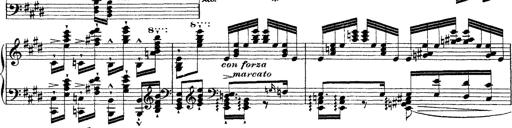
Title: Ã‰tudes d'exÃ©cution transcendante d'aprÃ¨s Paganini
Composer: Franz Liszt